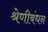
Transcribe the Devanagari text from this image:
श्रेणीबंधन